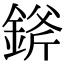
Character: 𨨞